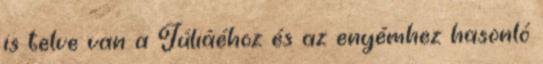
is telve van a Júliáéhoz és az enyémhez hasonló